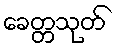
ခေတ္တသုတ်